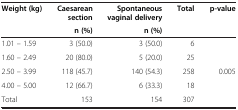
| <ROWSPAN=2> Weight (kg) | Caesarean section | Spontaneous vaginal delivery | <ROWSPAN=2> Total | <ROWSPAN=2> p-value |
 | n (%) | n (%) |
 | --- | --- | --- | --- | --- |
 | 1.01 – 1.59 | 3 (50.0) | 3 (50.0) | 6 |  |
 | 1.60 – 2.49 | 20 (80.0) | 5 (20.0) | 25 |  |
 | 2.50 – 3.99 | 118 (45.7) | 140 (54.3) | 258 | 0.005 |
 | 4.00 – 5.00 | 12 (66.7) | 6 (33.3) | 18 |  |
 | Total | 153 | 154 | 307 |  |